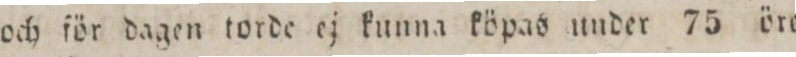
och för dagen torde ej kunna köpas under 75 öre